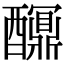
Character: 𨣯